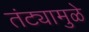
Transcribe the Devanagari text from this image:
तंट्यामुळे